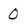
Character: 0